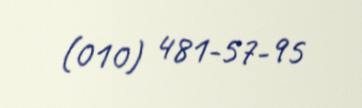
(010) 481-57-95